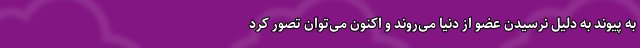
به پیوند به دلیل نرسیدن عضو از دنیا می‌روند و اکنون می‌توان تصور کرد